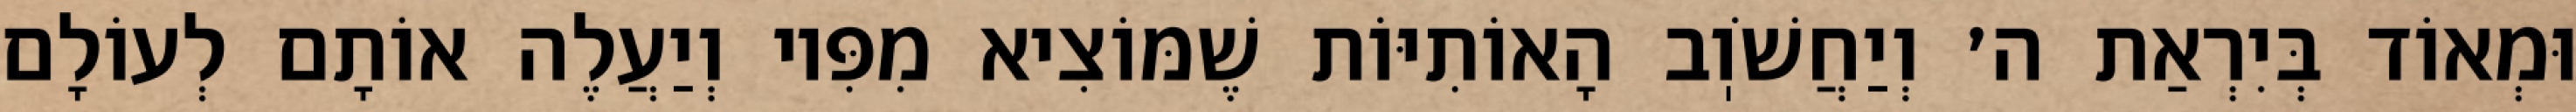
וּמְאוֹד בְּיִרְאַת ה׳ וְיַחֲשֹׁוֽב הָאוֹתִיּוֹת שֶׁמּוֹצִיא מִפִּיו וְיַעֲלֶה אוֹתָם לְעוֹלָם